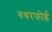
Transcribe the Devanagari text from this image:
रुथरफोर्ड